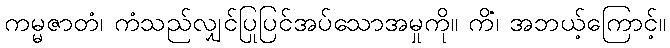
ကမ္မဇာတံ၊ ကံသည်လျှင်ပြုပြင်အပ်သောအမှုကို။ ကိံ၊ အဘယ့်ကြောင့်။